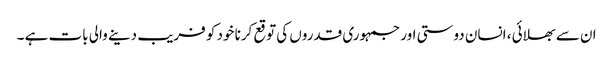
ان سے بھلائی ، انسان دوستی اور جمہوری قدروں کی توقع کرنا خود کو فریب دینے والی بات ہے ۔